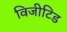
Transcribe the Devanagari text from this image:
विजीटिड